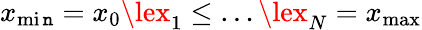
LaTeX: x_{\operatorname*{mi\mathtt{n}}}=x_{0}\lex_{1}\le\dots\lex_{N}=x_{\operatorname*{max}}